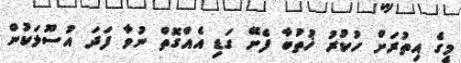
މީގެ އިތުރަށް ހުކުރު ޚުތުބާ ފެށޭ ގަޑި އެއްގޮތް ނުވާ ފަދަ އުސޫލަކުން